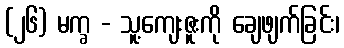
(၂၆) မက္ခ - သူ့ကျေးဇူးကို ချေဖျက်ခြင်း၊